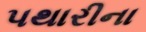
પથારીના